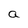
Character: a